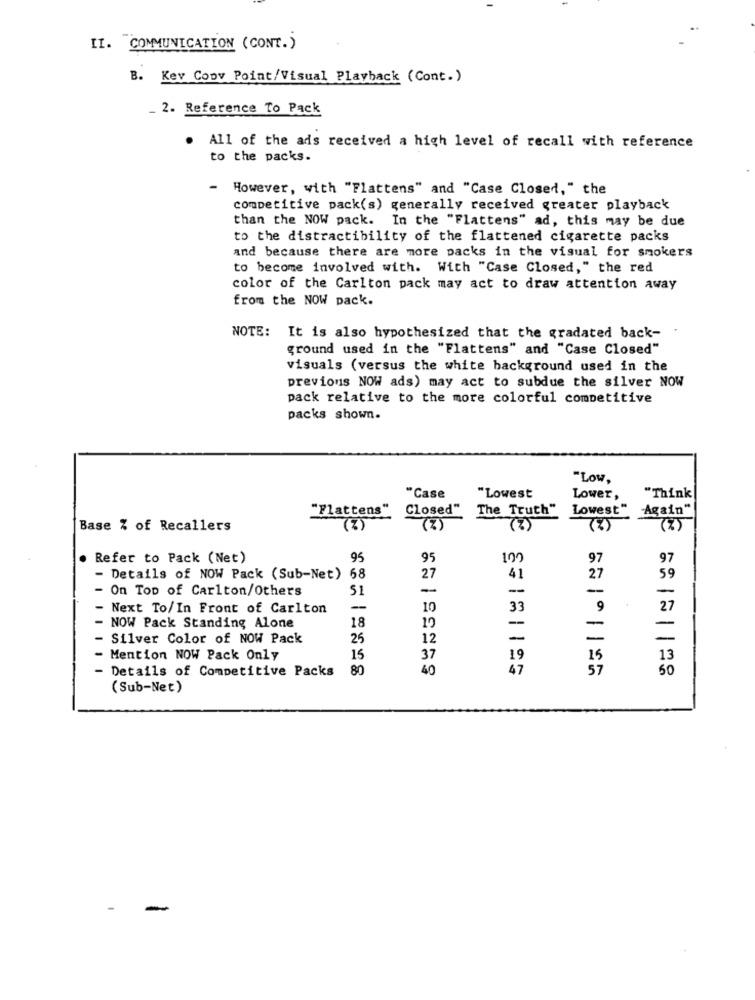
II. COMMUNICATION (CONT.)
Key Copy Point/Visual Playback (Cont.)
_ 2. Reference To Pack
. All of the ads received a high level of recall with reference
to the packs.
-
However, with "Flattens" and "Case Closed," the
competitive pack(s) generally received greater playback
than the NOW pack. In the "Flattens" ad, this may be due
to the distractibility of the flattened cigarette packs
and because there are more packs in the visual for smokers
to become involved with. With "Case Closed," the red
color of the Carlton pack may act to draw attention away
from the NOW pack.
NOTE: It is also hypothesized that the gradated back- .
ground used in the "Flattens" and "Case Closed"
visuals (versus the white background used in the
previous NOW ads) may act to subdue the silver NOW
pack relative to the more colorful competitive
packs shown.
" Low,
"Case
"Lowest
Lower,
"Think
"Flattens"
Closed"
The Truth"
Lowest" Again"
Base % of Recallers
( 2 )
(2)
(2)
. Refer to Pack (Net)
95
95
100
97
97
- Details of NOW Pack (Sub-Net) 68
27
41
27
59
- On Top of Carlton/Others
51
-
-
-
-
- Next To/In Front of Carlton
-
10
33
9
27
18
-
-
NOW Pack Standing Alone
19
-
Silver Color of NOW Pack
25
12
-
-
Mention NOW Pack Only
15
37
19
15
13
Details of Competitive Packs
80
40
47
57
60
(Sub-Net)
-